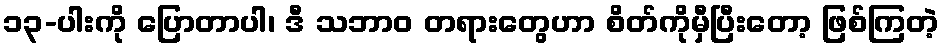
၁၃-ပါးကို ပြောတာပါ၊ ဒီ သဘာဝ တရားတွေဟာ စိတ်ကိုမှီပြီးတော့ ဖြစ်ကြတဲ့